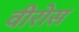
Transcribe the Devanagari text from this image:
वीरोस